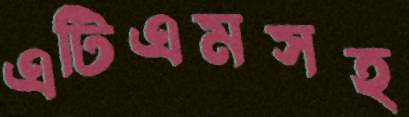
এটিএমসহ